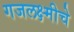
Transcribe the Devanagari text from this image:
गजलक्ष्मीचे